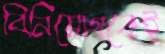
বিনিয়োগকেই